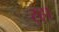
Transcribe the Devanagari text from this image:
र्‍हा